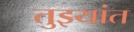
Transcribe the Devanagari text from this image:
तुझ्यांत